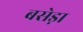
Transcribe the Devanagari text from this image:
बसेड़ा